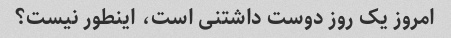
امروز یک روز دوست داشتنی است، اینطور نیست؟